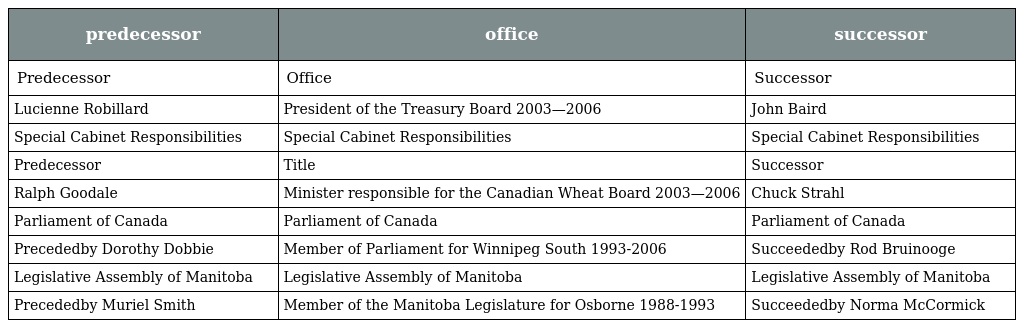
| predecessor | office | successor |
 | --- | --- | --- |
 | Predecessor | Office | Successor |
 | Lucienne Robillard | President of the Treasury Board 2003—2006 | John Baird |
 | Special Cabinet Responsibilities | Special Cabinet Responsibilities | Special Cabinet Responsibilities |
 | Predecessor | Title | Successor |
 | Ralph Goodale | Minister responsible for the Canadian Wheat Board 2003—2006 | Chuck Strahl |
 | Parliament of Canada | Parliament of Canada | Parliament of Canada |
 | Precededby Dorothy Dobbie | Member of Parliament for Winnipeg South 1993-2006 | Succeededby Rod Bruinooge |
 | Legislative Assembly of Manitoba | Legislative Assembly of Manitoba | Legislative Assembly of Manitoba |
 | Precededby Muriel Smith | Member of the Manitoba Legislature for Osborne 1988-1993 | Succeededby Norma McCormick |